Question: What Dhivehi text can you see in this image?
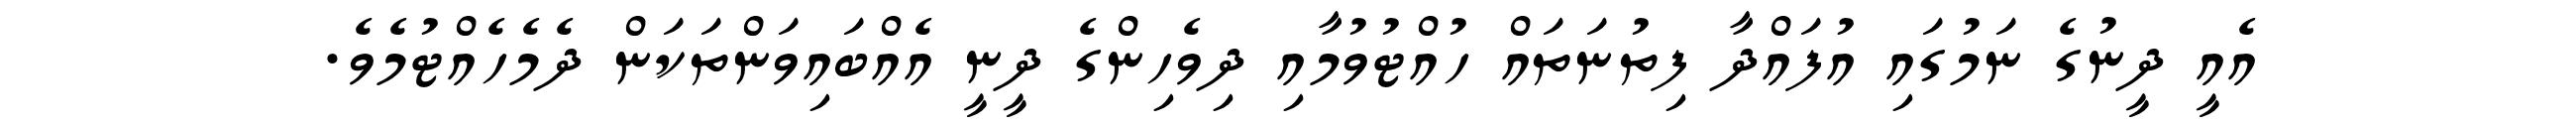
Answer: އެއީ ދީނުގެ ނަމުގައި އުފައްދާ ފިތުނަތައް ހުއްޓުވުމާއި ދިވެހިންގެ ދީނީ އެއްބައިވަންތަކަން ދެމެހެއްޓުމެވެ.